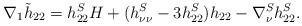
LaTeX: \begin{align*}\nabla_1 \tilde{h}_{22}= h^S_{22} H + (h^S_{\nu \nu} -3 h^S_{22}) h_{22} - \nabla_\nu^S h^S_{22} .\end{align*}